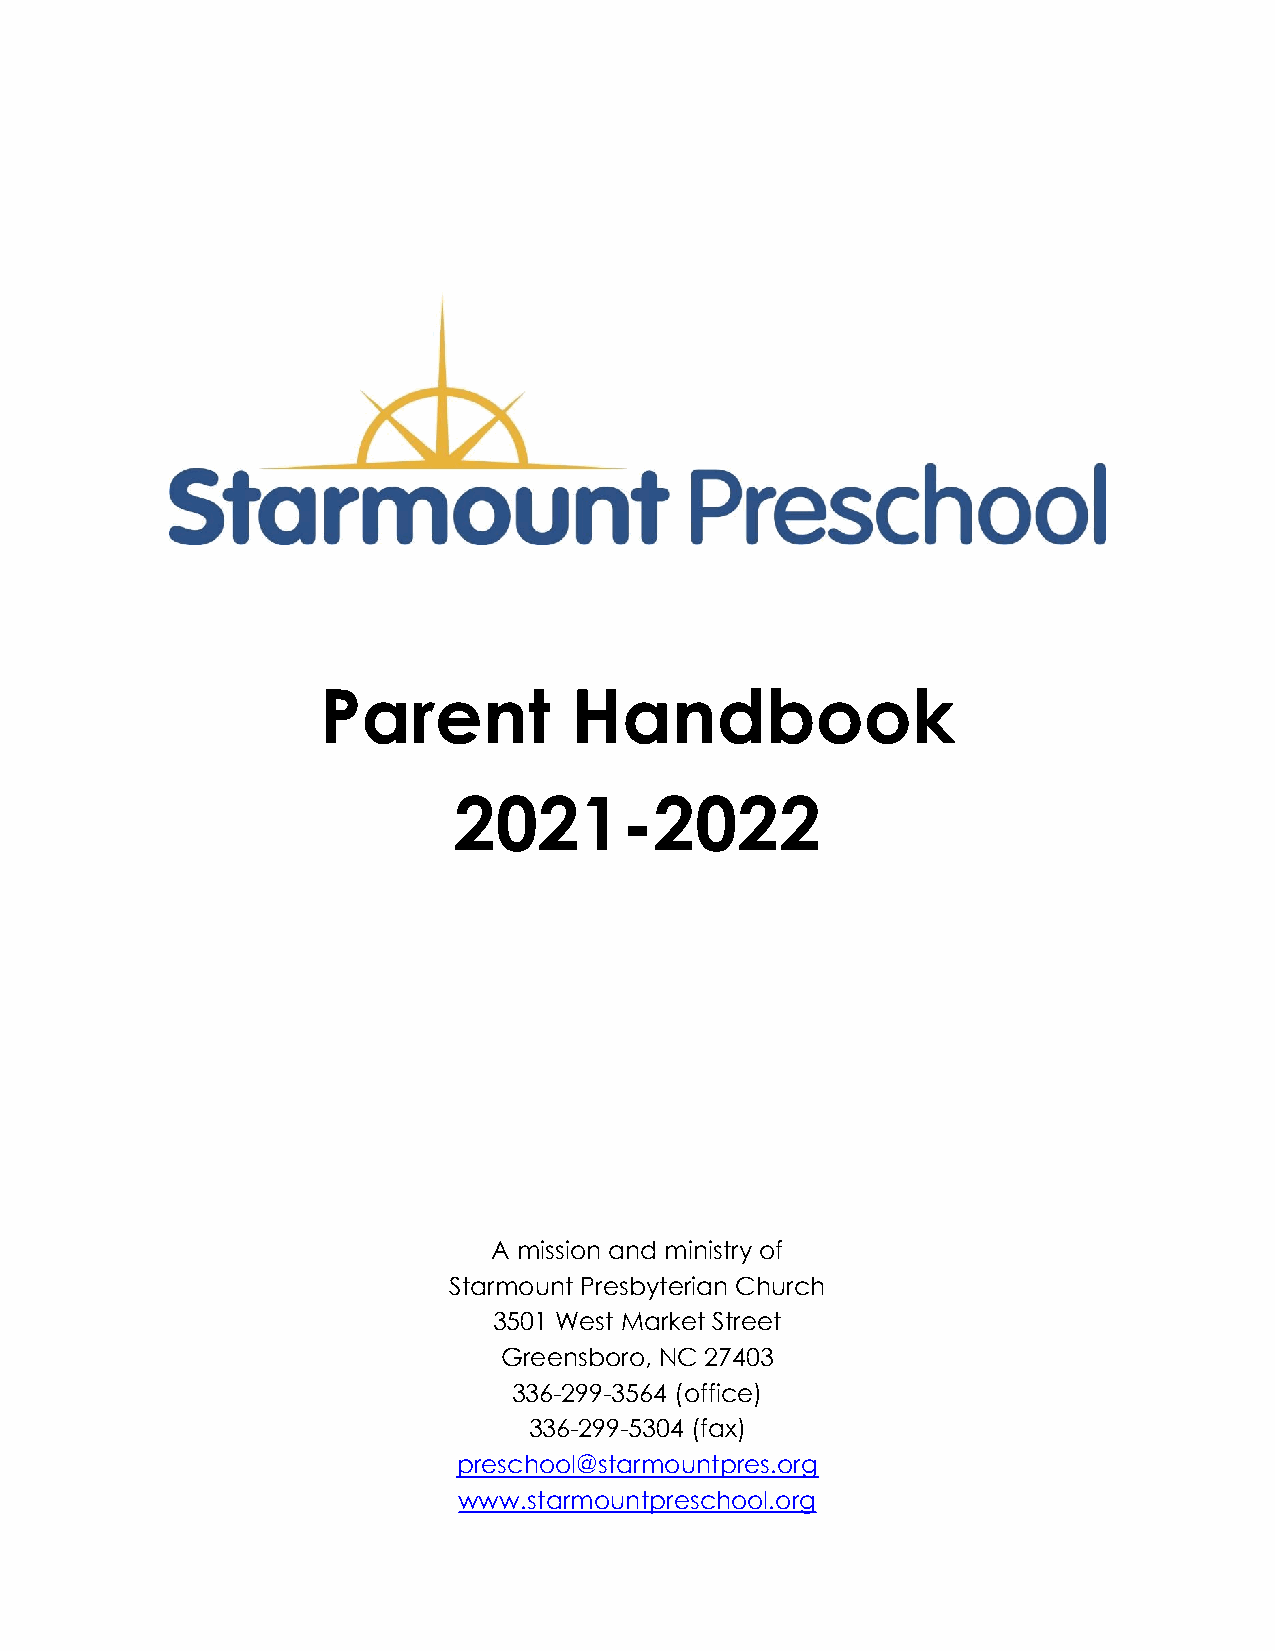
Parent           Handbook
 2021-2022
 A mission and ministry of
 Starmount Presbyterian Church
 3501 West Market Street
 Greensboro, NC 27403
 336-299-3564 (office)
 336-299-5304 (fax)
 preschool@starmountpres.org
 www.starmountpreschool.org